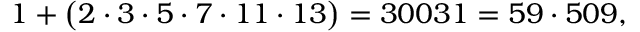
1 + { \big ( } 2 \cdot 3 \cdot 5 \cdot 7 \cdot 1 1 \cdot 1 3 { \big ) } = 3 0 0 3 1 = 5 9 \cdot 5 0 9 ,